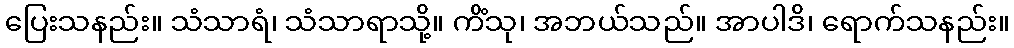
ပြေးသနည်း။ သံသာရံ၊ သံသာရာသို့။ ကိံသု၊ အဘယ်သည်။ အာပါဒိ၊ ရောက်သနည်း။